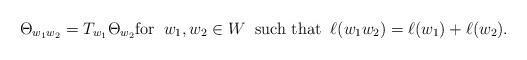
LaTeX: \begin{align*}\Theta_{w_1 w_2} = T_{w_1} \Theta_{w_2} \mbox{for} \; \; w_1, w_2 \in W \; \; \mbox{such that} \; \; \ell(w_1 w_2) =\ell(w_1) + \ell(w_2).\end{align*}